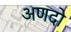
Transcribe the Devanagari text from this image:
अणदो